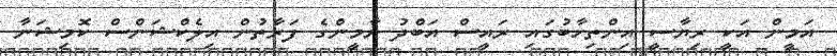
އަމީން އަކީ ރިޔާސީ އިންތިހާބުގައި ރައީސް އަބްދު ޔާމީންގެ ފަރާތުން އިލެކްޝަންސް ކޮމިޝަނާ